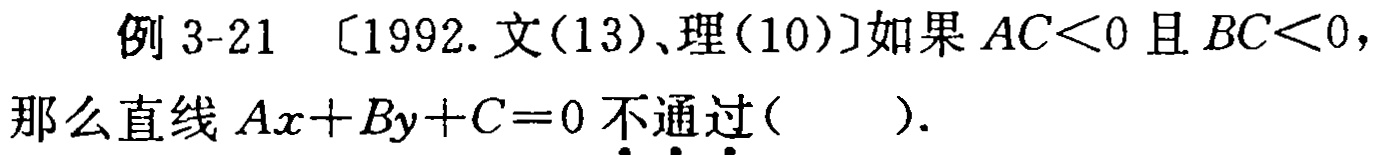
例 3-21 〔1992. 文(13)、理(10)〕如果 \(AC<0\) 且 \(BC<0\)，那么直线 \(Ax + By + C = 0\) 不•通•过•( )。